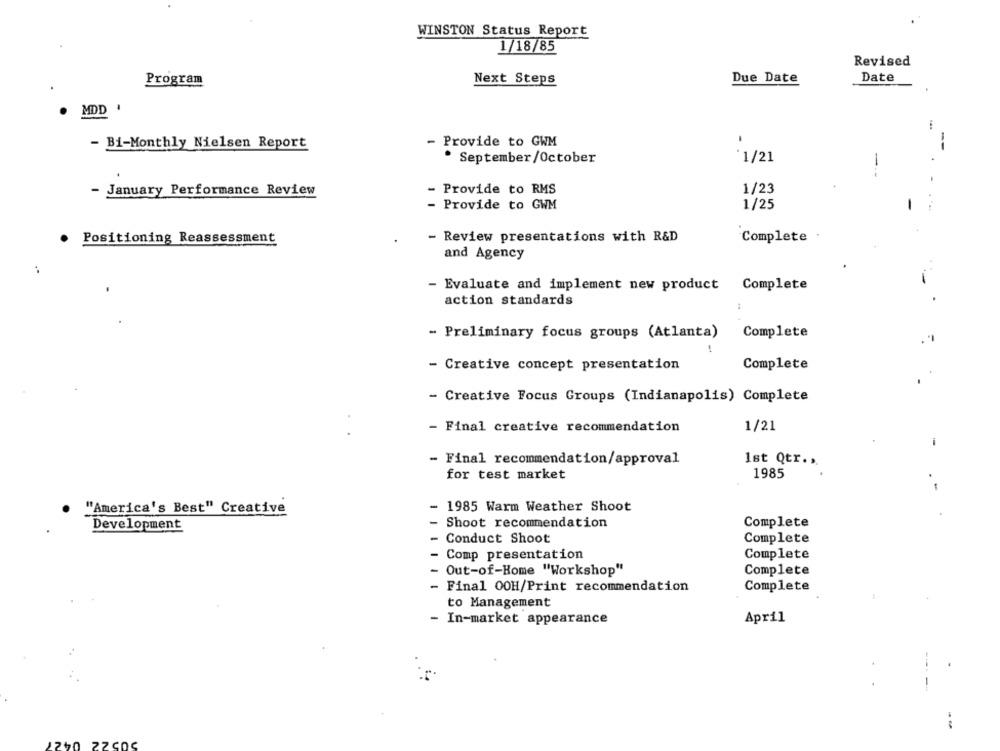
WINSTON Status Report
1/18/85
Revised
Program
Next Steps
Due Date
Date
MDD '
.
- Provide to GWM
- Bi-Monthly Nielsen Report
1/21
. September/October
- January Performance Review
- Provide to RMS
1/23
- Provide to GWM
1/25
Positioning Reassessment
- Review presentations with R&D
Complete
and Agency
:
- Evaluate and implement new product Complete
action standards
- Preliminary focus groups (Atlanta)
Complete
- Creative concept presentation
Complete
- Creative Focus Groups (Indianapolis) Complete
- Final creative recommendation
1/21
- Final recommendation/approval
1st Qtr ..
1985
for test market
"America's Best" Creative
- 1985 Warm Weather Shoot
Shoot recommendation
Complete
Development
- Conduct Shoot
Complete
- Comp presentation
Complete
- Out-of-Home "Workshop"
Complete
- Final OOH/Print recommendation
Complete
to Management
- In-market appearance
April